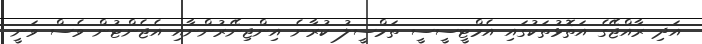
އަދި ރާއްޖޭގެ އަތޮޅުތަކުގައި އެމްޓީސީސީ ތަމްސީލު ކުރާނެ އިންޖިނޭރުންނާއި އެޖެންޓުން ވެސް ވަނީ